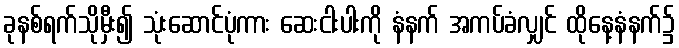
ခုနစ်ရက်သိုမှီး၍ သုံးဆောင်ပုံကား ဆေးငါးပါးကို နံနက် အကပ်ခံလျှင် ထိုနေ့နံနက်၌